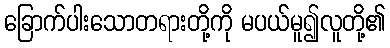
ခြောက်ပါးသောတရားတို့ကို မပယ်မူ၍လူတို့၏